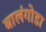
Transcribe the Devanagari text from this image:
बालंगोडा